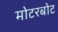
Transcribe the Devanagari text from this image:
मोटरबोट